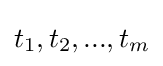
t_{1},t_{2},...,t_{m}